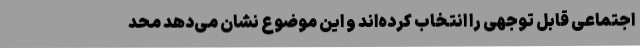
اجتماعی قابل توجهی را انتخاب کرده‌اند و این موضوع نشان می‌دهد محد